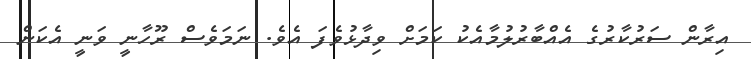
އިރާން ސަރުކާރުގެ އެއްބާރުލުމާއެކު ކަމަށް ވިދާޅުވެފަ އެވެ. ނަމަވެސް ރޫހާނީ ވަނީ އެކަން